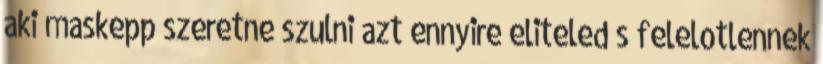
aki maskepp szeretne szulni azt ennyire eliteled s felelotlennek